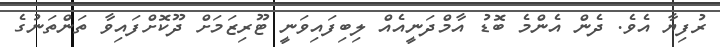
ރުފިޔާ އެވެ. ދެން އެންމެ ބޮޑު އާމްދަނީއެއް ލިބިފައިވަނީ ޓޫރިޒަމަށް ދޫކޮށްފައިވާ ތަންތަނުގެ